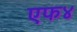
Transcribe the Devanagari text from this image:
एफ४